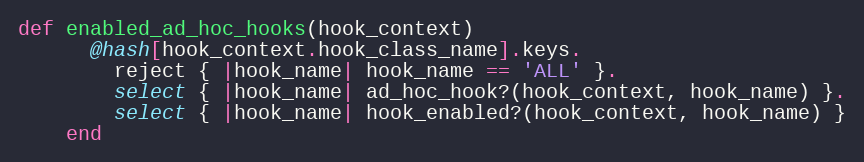
Language: Ruby
def enabled_ad_hoc_hooks(hook_context)
      @hash[hook_context.hook_class_name].keys.
        reject { |hook_name| hook_name == 'ALL' }.
        select { |hook_name| ad_hoc_hook?(hook_context, hook_name) }.
        select { |hook_name| hook_enabled?(hook_context, hook_name) }
    end